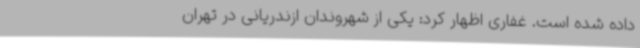
داده شده است. غفاری اظهار کرد: یکی از شهروندان ازندریانی در تهران